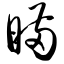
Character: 瞒